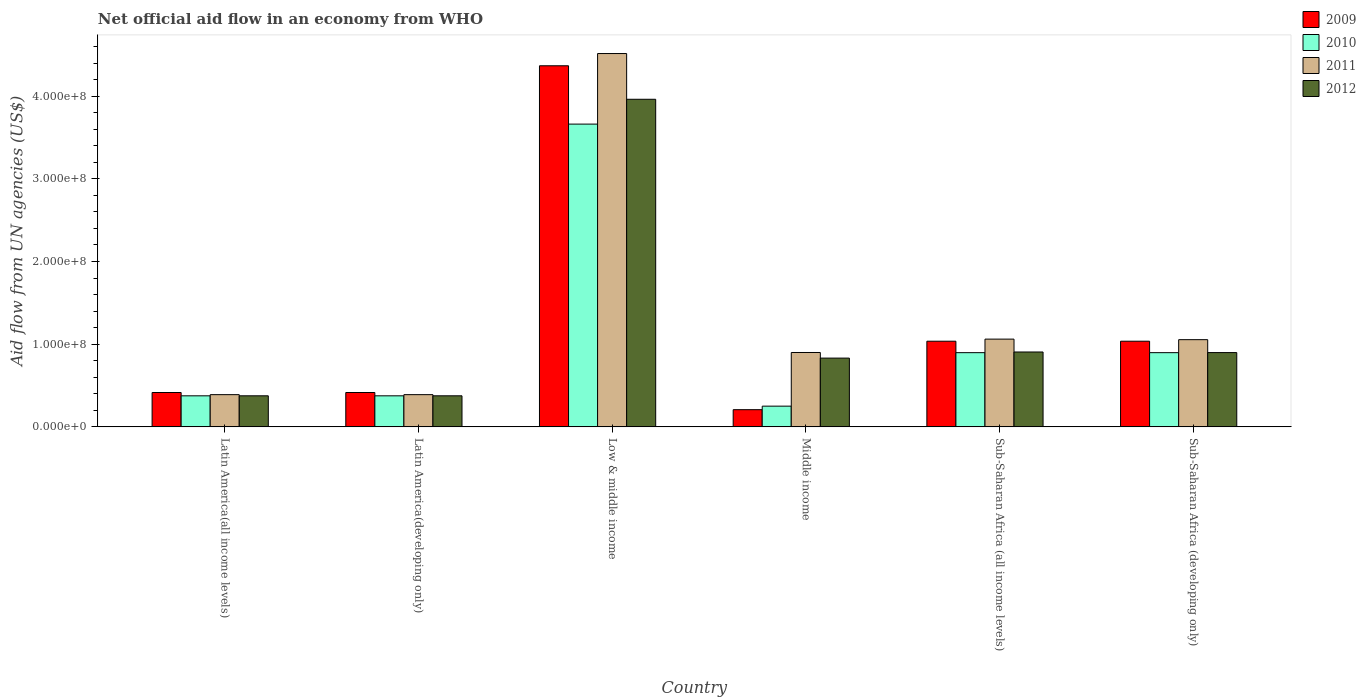
| Country | 2009 | 2010 | 2011 | 2012 |
 | --- | --- | --- | --- | --- |
 | Latin America(all income levels) | 4.16e+07 | 3.76e+07 | 3.9e+07 | 3.76e+07 |
 | Latin America(developing only) | 4.16e+07 | 3.76e+07 | 3.9e+07 | 3.76e+07 |
 | Low & middle income | 4.37e+08 | 3.66e+08 | 4.52e+08 | 3.96e+08 |
 | Middle income | 2.08e+07 | 2.51e+07 | 9e+07 | 8.32e+07 |
 | Sub-Saharan Africa (all income levels) | 1.04e+08 | 8.98e+07 | 1.06e+08 | 9.06e+07 |
 | Sub-Saharan Africa (developing only) | 1.04e+08 | 8.98e+07 | 1.05e+08 | 8.98e+07 |